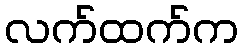
လက်ထက်က